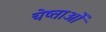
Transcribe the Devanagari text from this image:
चेष्ताओं